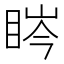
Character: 𥆱